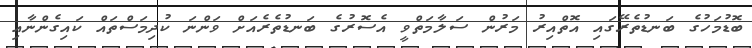
ބޮޑުމަހުގެ ބަނޑުތެރޭގައި އޮތްއިރު މަރުން ސަލާމަތްވީ އެސޮރުގެ ބަނޑުތެރެއަށް ވަންނަ ކުދިމަސްތައް ކައިގެންނާއި